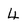
Character: 4